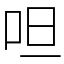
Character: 呾